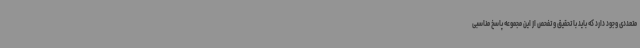
متعددی وجود دارد که باید با تحقیق و تفحص از این مجموعه پاسخ مناسبی